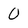
Character: 0